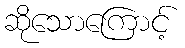
ဆိုသောကြောင့်